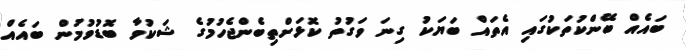
ބައެއް ބޭންކުތަކުގައި އެތައް ބަޔަކު ގިނަ ވަގުތު ކޮޅަށްތިބެންޖެހުމުގެ ޝަކުވާ ބޮޑުވުމުން ބައެއް